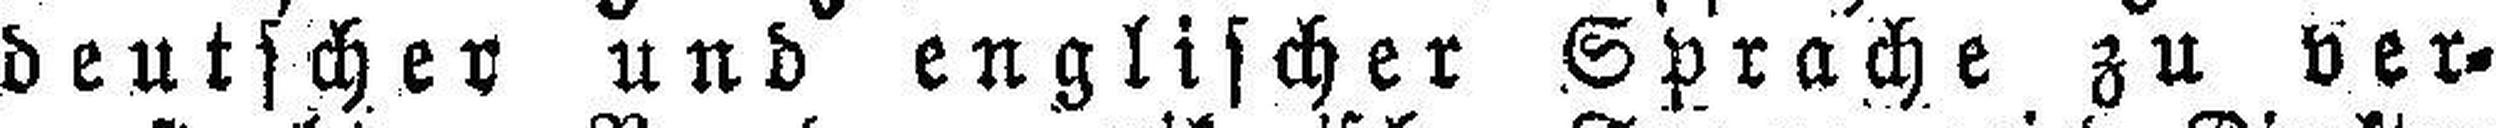
deutscher und englischer Sprache zu ver¬